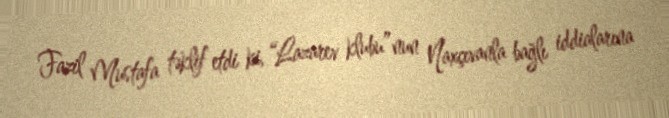
Fazil Mustafa təklif etdi ki, “Lazarev klubu”nun Naxçıvanla bağlı iddialarına